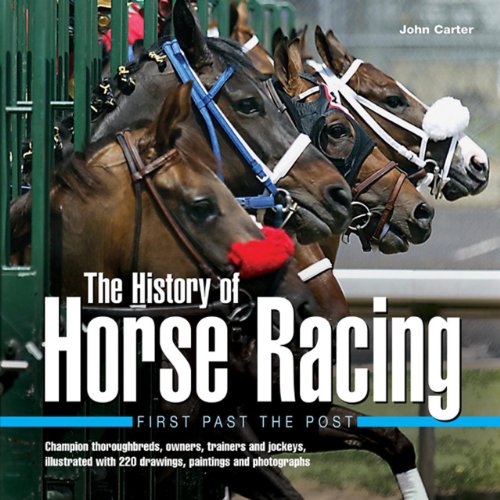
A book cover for History of Horse Racing: First Past The Post: Champion Thoroughbreds, Owners, Trainers and Jockeys, Illustrated with 220 Drawings, Paintings and Photographs; John Carter; Arts & Photography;